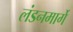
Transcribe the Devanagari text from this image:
लंडनमार्गे